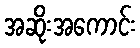
အဆိုးအကောင်း